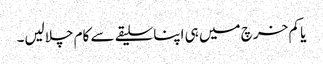
یا کم خرچ میں ہی اپنا سلیقے سے کام چلالیں۔